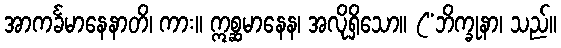
အာကင်္ခမာနေနာတိ၊ ကား။ ဣစ္ဆမာနေန၊ အလိုရှိသော။ (“ဘိက္ခုနာ၊ သည်။